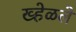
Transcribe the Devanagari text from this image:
ख्हेळले